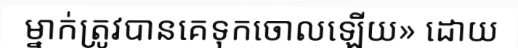
ម្នាក់ត្រូវបានគេទុកចោលឡើយ» ដោយ